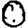
Digit: 0